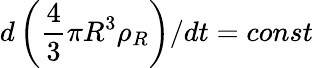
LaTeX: d\left(\frac{4}{3}\pi R^{3}\rho_{R}\right)/dt=const